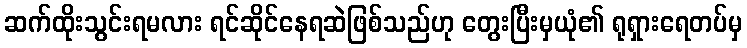
ဆက်ထိုးသွင်းရမလား ရင်ဆိုင်နေရဆဲဖြစ်သည်ဟု တွေးပြီးမှယုံ၏ ရုရှားရေတပ်မှ